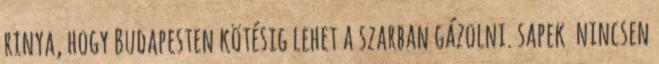
rinya, hogy Budapesten kötésig lehet a szarban gázolni. sapek nincsen